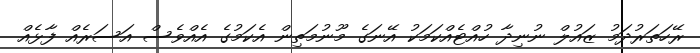
ރޭހަތަރުދަމު ޒައުލް ނުނިދާ ހުއްޓެއްކަމަކު އޭނަގެ މޫނުމަތިން އެކަމުގެ އެއްވެސް އަސަރެއް ފާޅެއް